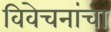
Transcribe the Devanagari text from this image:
विवेचनांचा